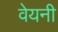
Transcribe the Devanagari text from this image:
वेयनी